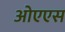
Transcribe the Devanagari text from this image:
ओएएस